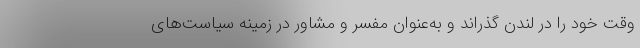
وقت خود را در لندن گذراند و به‌عنوان مفسر و مشاور در زمینه سیاست‌های